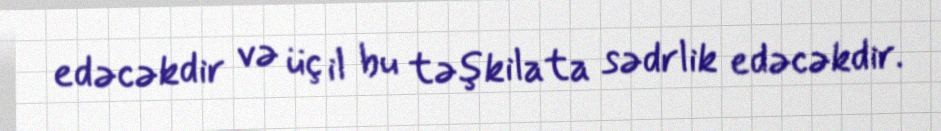
edəcəkdir və üç il bu təşkilata sədrlik edəcəkdir.